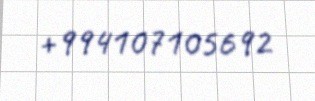
+994107105692